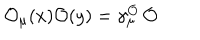
\mathcal { O } _ { \mu } ( x ) \mathcal { O } ( y ) = \gamma _ { \mu } ^ { \mathcal { O } } \, \mathcal { O }